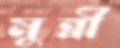
মুন্নী